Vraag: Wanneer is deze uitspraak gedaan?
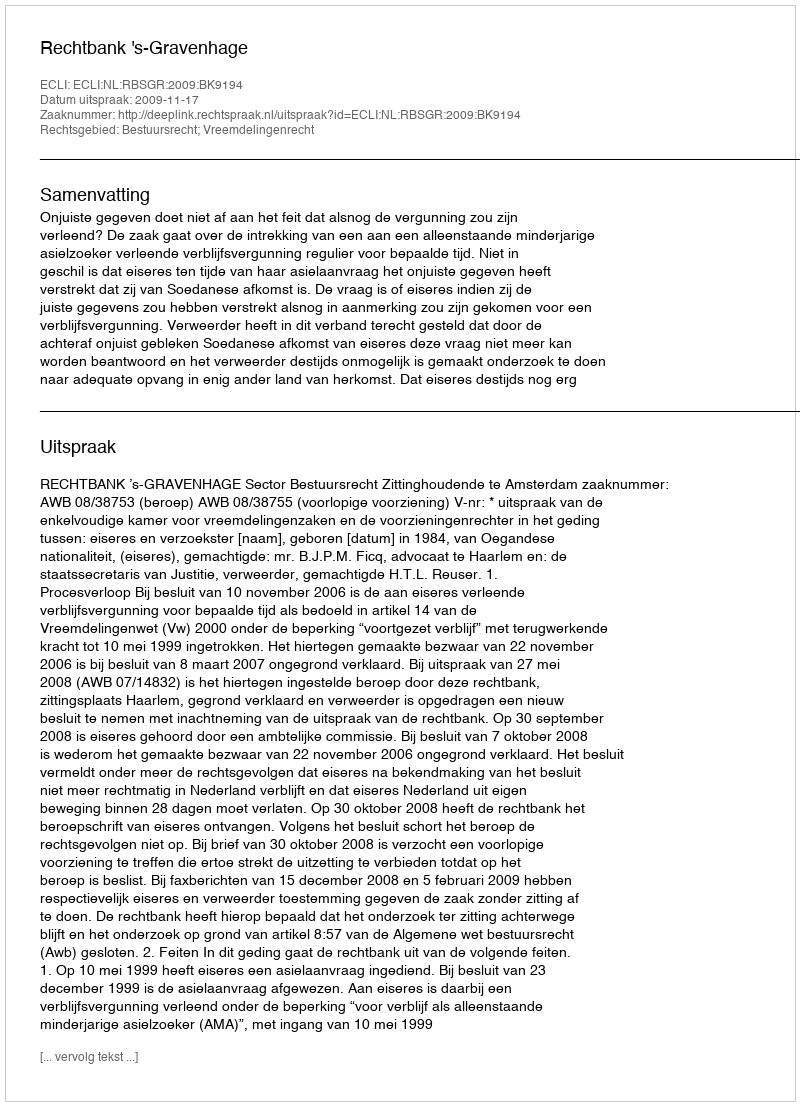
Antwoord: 2009-11-17